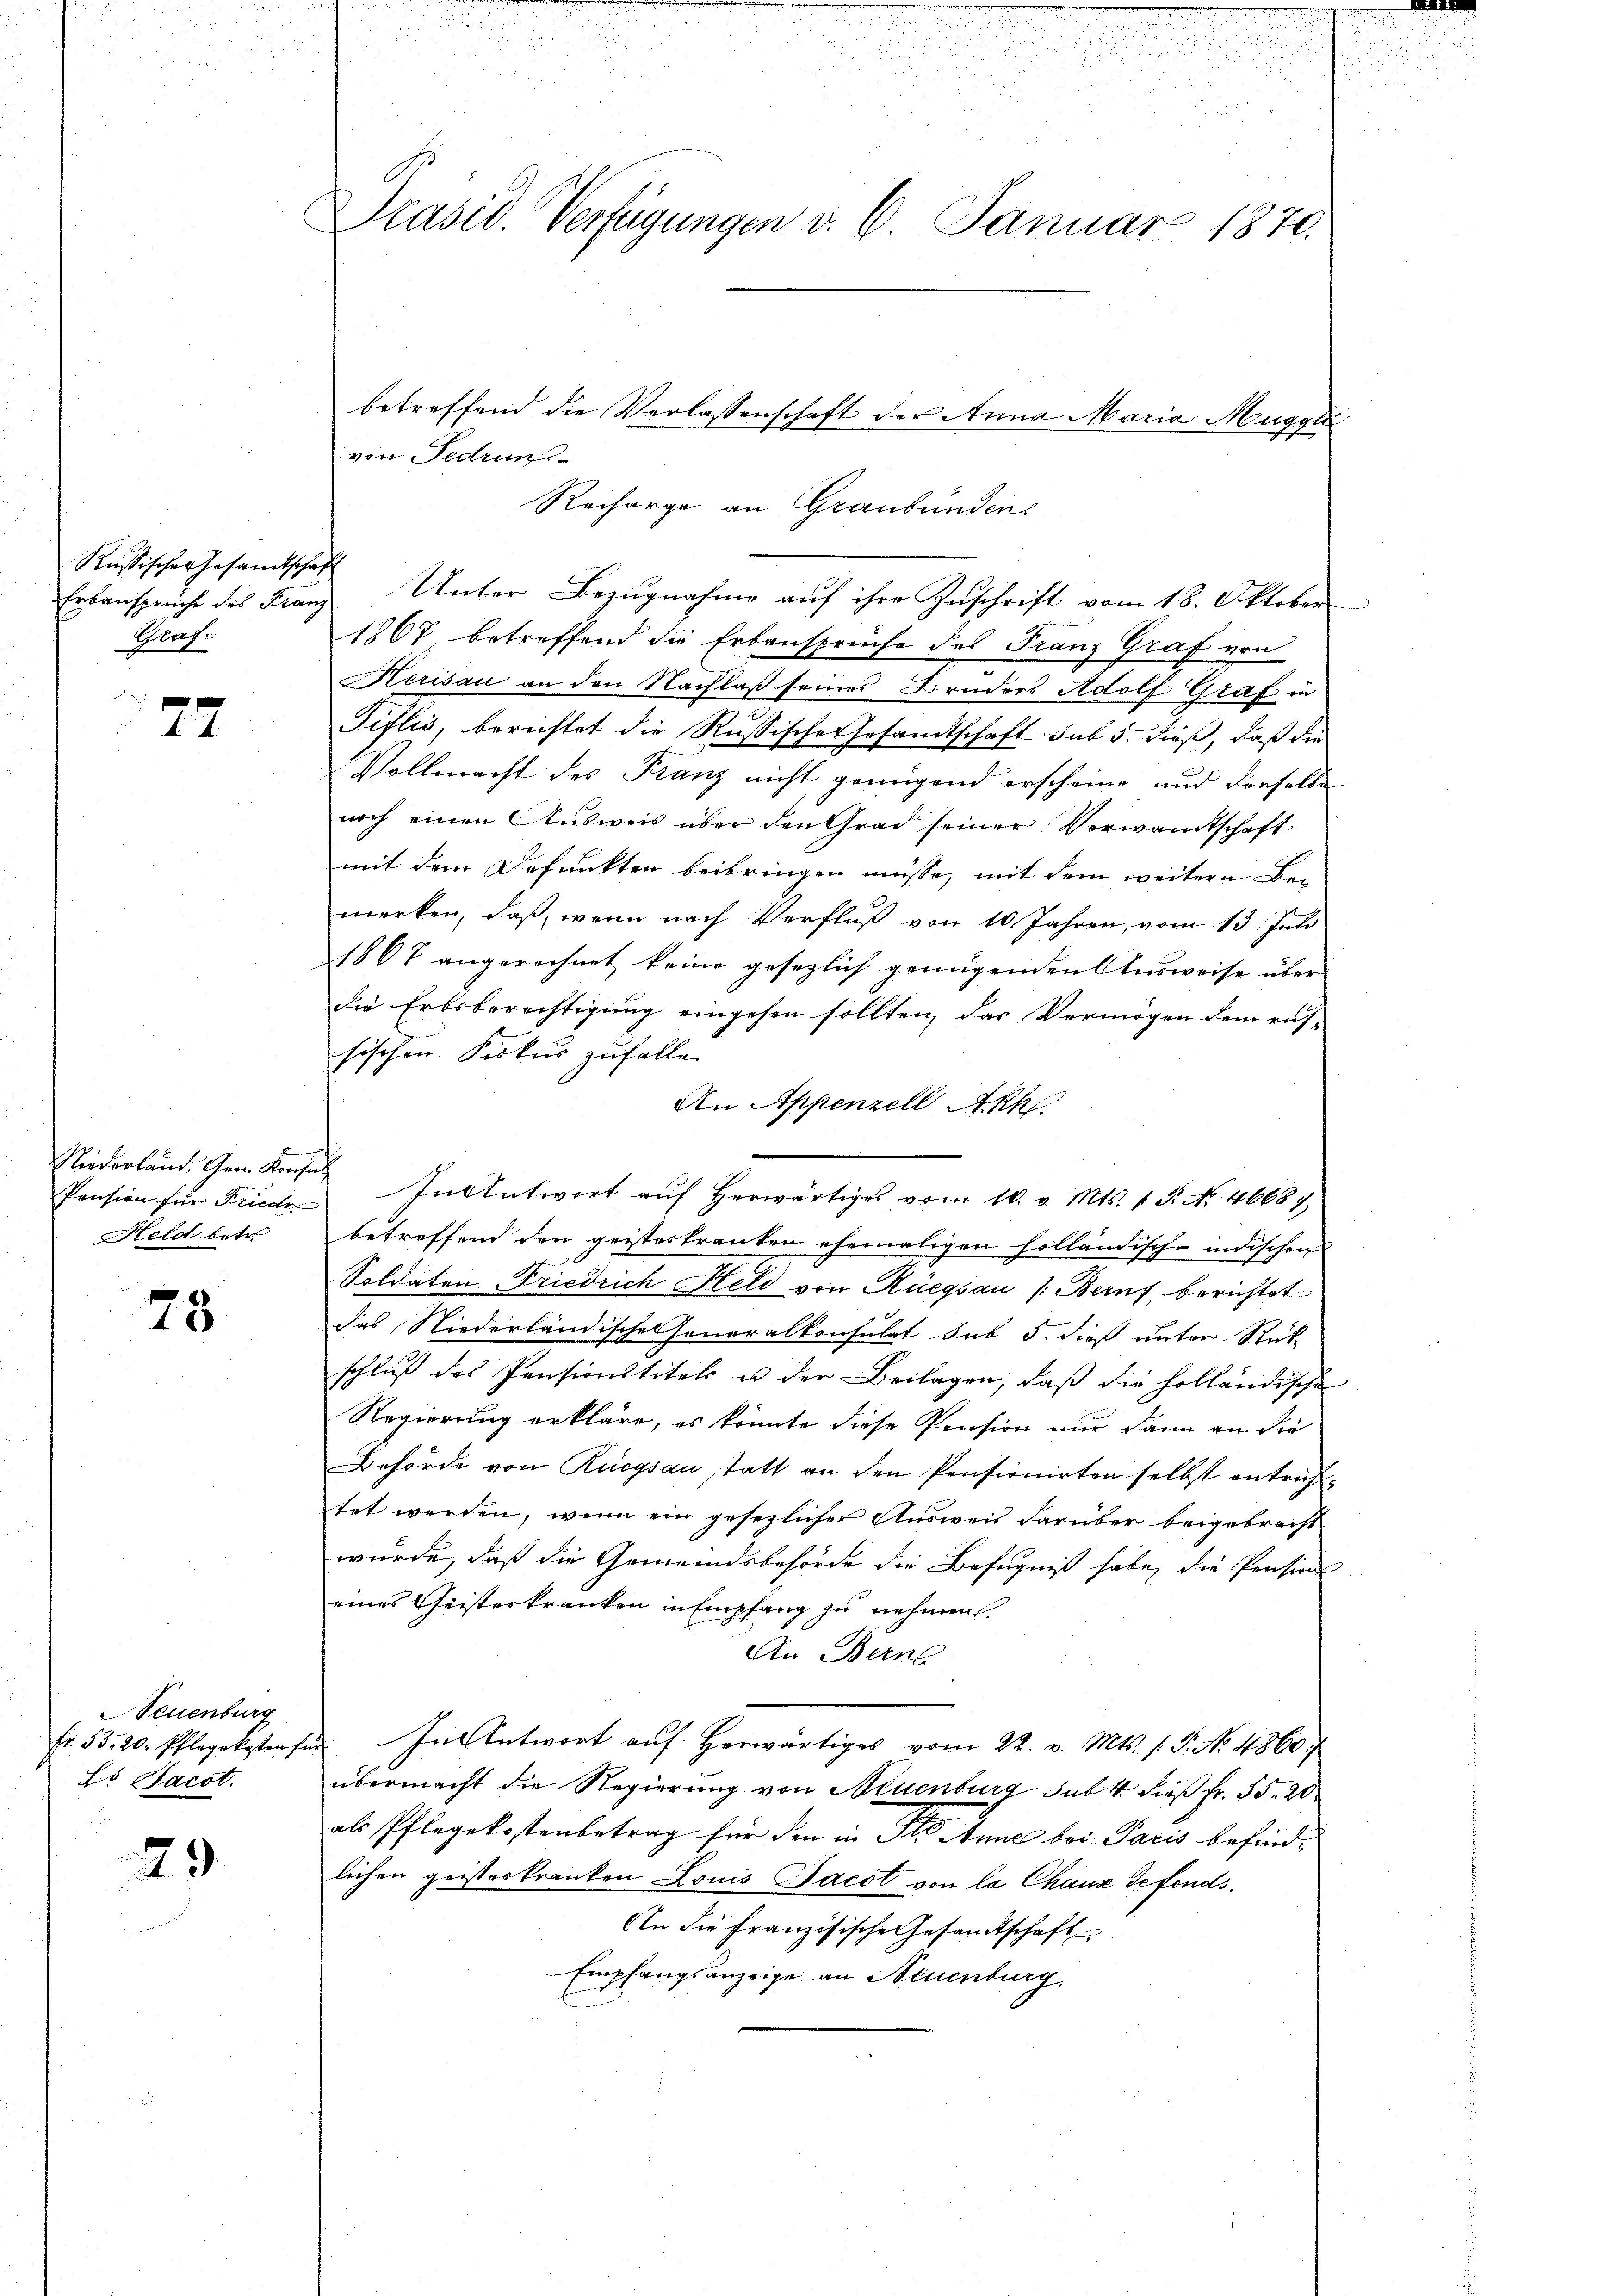
Russischer Gesamtschaft
Klage

77

Pension für Friede
Held betr.

78

euenburg
Lo Jacot.

29

e

a
5
u
n
u
Präsid. Verfügungen d. 6. Januar 1870.

1867, betreffend die Erbansprüche des Franz Graf von
Herisau an den Nachlaß seines Bruders Adolf Graf in
Tiflis, berichtet die Russische Gesandtschaft sub. 5. dieß, daß die
Vollmacht des Franz nicht genügend erscheine und derselbe
noch einen Aŭsweis über den Grad seiner Verwandtschaft
mit dem Defunkten beibringen müsse, mit dem weitern Bemerken, daß, wenn nach Verfluß von 10 Jahren, vom 13. Juli
1867 angerechnet keine gesezlich genügenden Ausweise über
die Erbsberechtigung eingehen sollten, das Vermögen dem rus-
sischen Fiskus zufalle.
An Appenzell Akh.
Niederländ. Gem. Konses In Antwort auf herwärtiges vom 10. v. Mts. 1 S. N. 46687,
betreffend den geisteskranken ehemaligen holländische indischen
Soldaten Friedrich Held von Rüegsau (Berns, berichtet
das Niederländische Generalkonsulat sub 5. dieß unter Rück-
schluß des Pensionstitels u der Beilagen, daß die holländische
Regierung erkläre, es könnte diese Pension nur dann an die
Behörde von Rüegsau statt an den Pensionirten selbst antraftet werden, wenn ein gesezlicher Ausweis darüber beigebracht.
wurde, daß die Gemeindsbehörde die Befugniß habe, die Pension.
eines Geisterkranken in Empfang zu nehmen.
An Berne
Fr. 55. 20. Pflegekosten für In Antwort auf herwärtiges vom 22. v. Mts. s. S. No. 4860)
übermacht die Regierung von Neuenburg sub. 4. dieß Fr. 55. 20
als Pflegekostenbetrag für den in Fl. Anne bei Paris befindlichen geisteskranken Louis Jacot von la Chaux de fonds,
An die französische Gesandtschaft
Empfangsanzeige an Neuenburg

betreffend die Verlassenschaft der Anna Maria Muggli
von Fedrun
Recharge an Graubünden
Erbansprüche des Franz Unter Bezŭgnahme aŭf ihre Zŭschrift vom 18. Oktober